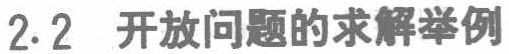
2.2 开放问题的求解举例